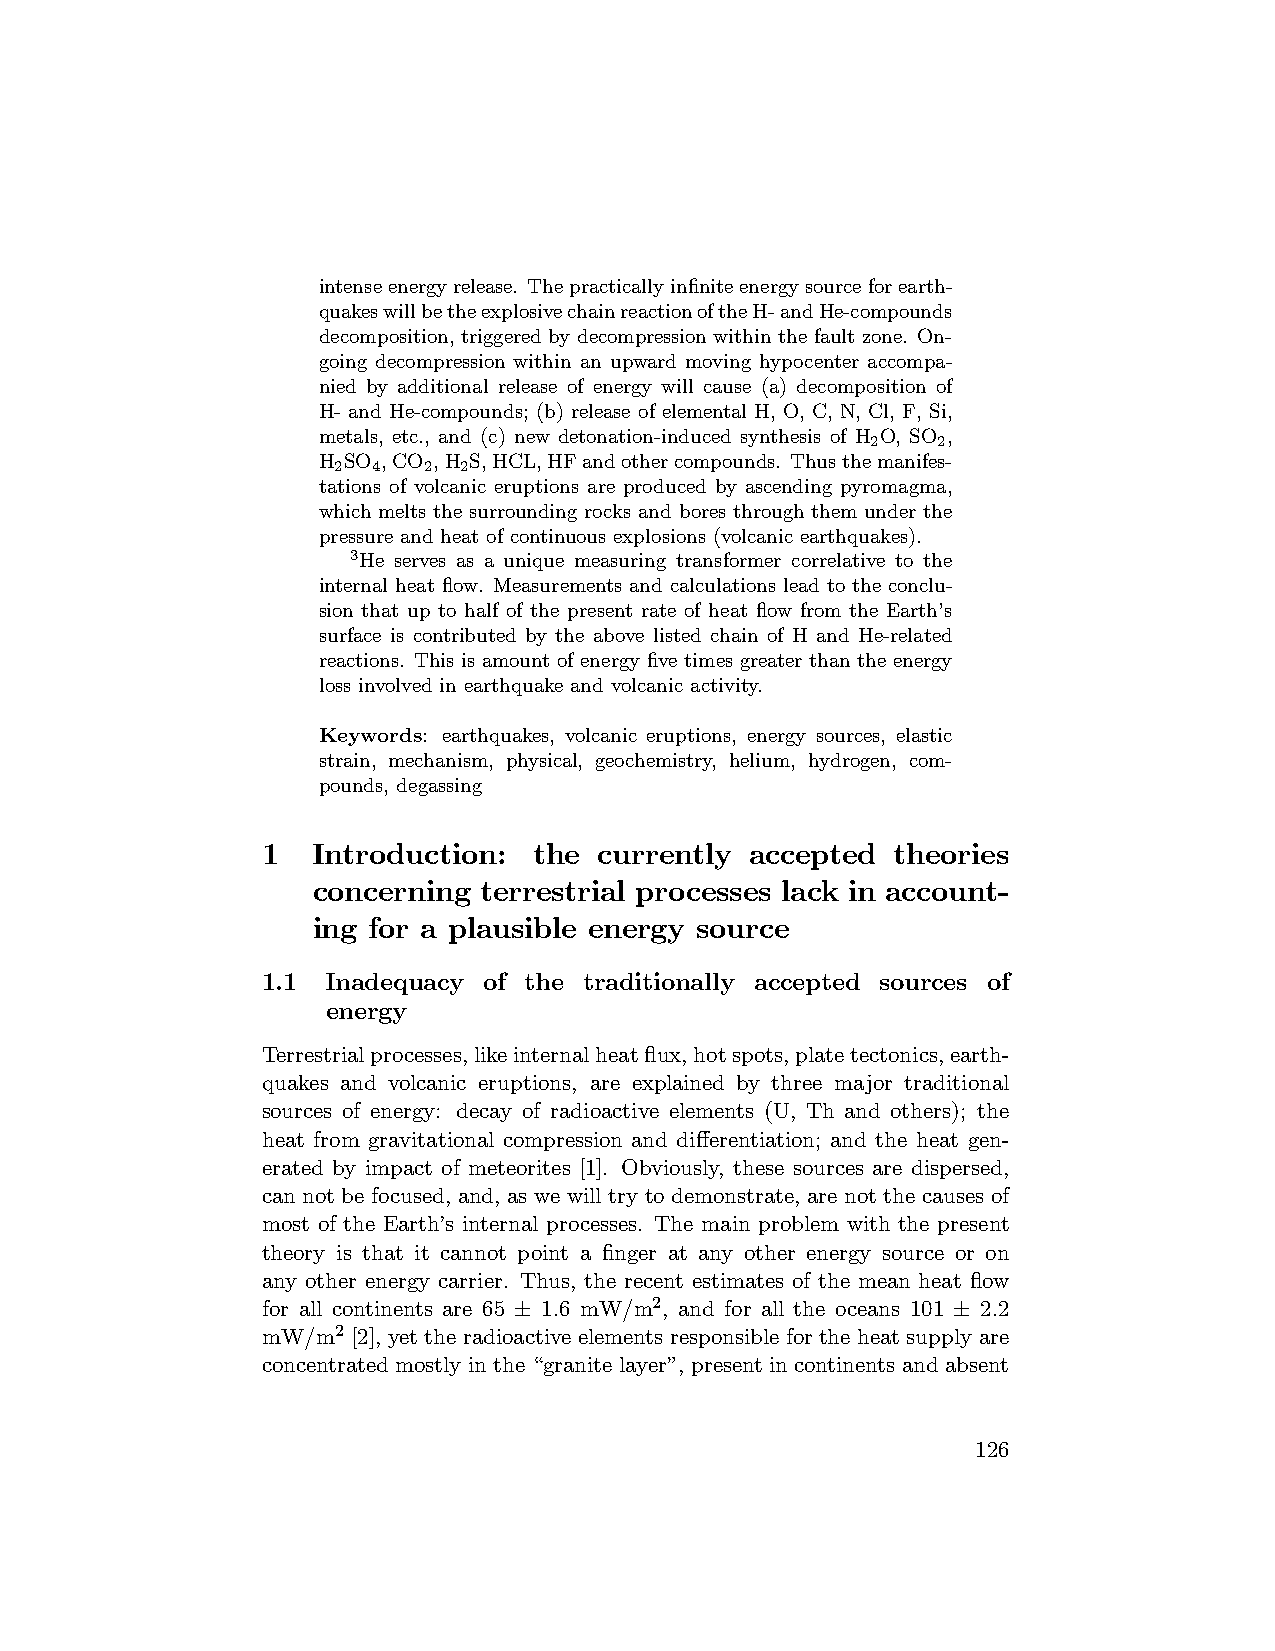
intenseenergyrelease. Thepracticallyinfiniteenergysourceforearth-
 quakeswillbetheexplosivechainreactionoftheH-andHe-compounds
 decomposition, triggered by decompression within the fault zone. On-
 going decompression within an upward moving hypocenter accompa-
 nied by additional release of energy will cause (a) decomposition of
 H- and He-compounds; (b) release of elemental H, O, C, N, Cl, F, Si,
 metals, etc., and (c) new detonation-induced synthesis of H O, SO ,
 2   2
 H SO ,CO ,H S,HCL,HFandothercompounds. Thusthemanifes-
 2  4  2 2
 tations of volcanic eruptions are produced by ascending pyromagma,
 which melts the surrounding rocks and bores through them under the
 pressure and heat of continuous explosions (volcanic earthquakes).
 3He serves as a unique measuring transformer correlative to the
 internal heat flow. Measurements and calculations lead to the conclu-
 sion that up to half of the present rate of heat flow from the Earth’s
 surface is contributed by the above listed chain of H and He-related
 reactions. This is amount of energy five times greater than the energy
 loss involved in earthquake and volcanic activity.
 Keywords: earthquakes, volcanic eruptions, energy sources, elastic
 strain, mechanism, physical, geochemistry, helium, hydrogen, com-
 pounds, degassing
 1   Introduction: the  currently accepted theories
 concerning terrestrial processes lack in account-
 ing for a plausible energy source
 1.1  Inadequacy of the traditionally accepted sources of
 energy
 Terrestrialprocesses,likeinternalheatflux,hotspots,platetectonics,earth-
 quakes and volcanic eruptions, are explained by three major traditional
 sources of energy: decay of radioactive elements (U, Th and others); the
 heat from gravitational compression and differentiation; and the heat gen-
 erated by impact of meteorites [1]. Obviously, these sources are dispersed,
 can not be focused, and, as we will try to demonstrate, are not the causes of
 most of the Earth’s internal processes. The main problem with the present
 theory is that it cannot point a finger at any other energy source or on
 any other energy carrier. Thus, the recent estimates of the mean heat flow
 for all continents are 65 1.6 mW/m2, and for all the oceans 101 2.2
 ±                            ±
 mW/m2 [2], yet the radioactive elements responsible for the heat supply are
 concentrated mostly in the “granite layer”, present in continents and absent
 126